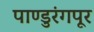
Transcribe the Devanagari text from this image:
पाण्डुरंगपूर